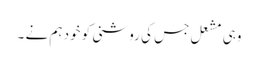
وہی مشعل جس کی روشنی کو خود ہم نے ۔